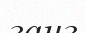
ганг